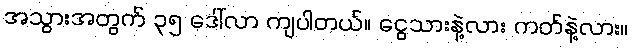
အသွားအတွက် ၃၅ ဒေါ်လာ ကျပါတယ်။ ငွေသားနဲ့လား ကတ်နဲ့လား။